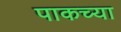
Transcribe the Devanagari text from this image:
पाकच्या